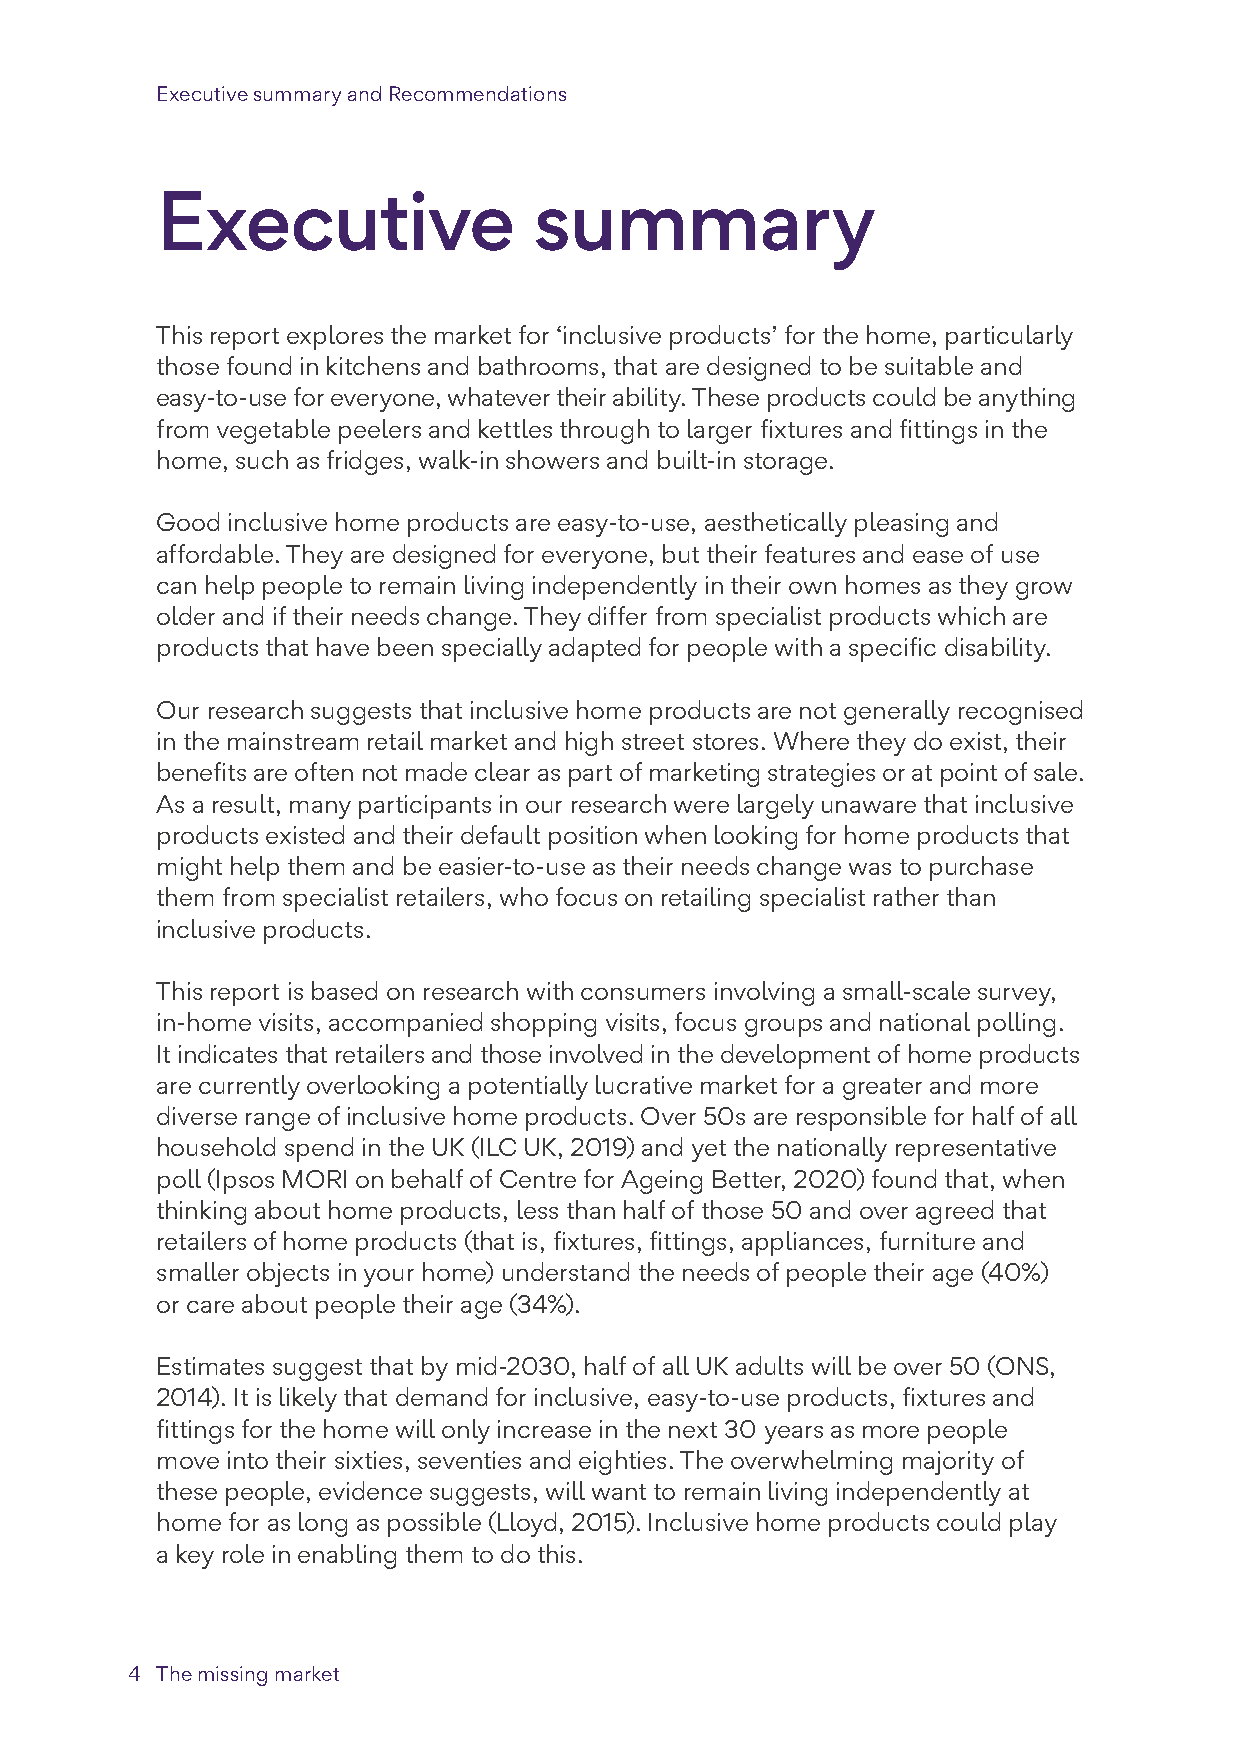
Executive summary and Recommendations
 Executive                summary
 This report explores the market for ‘inclusive products’ for the home, particularly
 those found in kitchens and bathrooms, that are designed to be suitable and
 easy-to-use for everyone, whatever their ability. These products could be anything
 from vegetable peelers and kettles through to larger fixtures and fittings in the
 home, such as fridges, walk-in showers and built-in storage.
 Good inclusive home products are easy-to-use, aesthetically pleasing and
 affordable. They are designed for everyone, but their features and ease of use
 can help people to remain living independently in their own homes as they grow
 older and if their needs change. They differ from specialist products which are
 products that have been specially adapted for people with a specific disability.
 Our research suggests that inclusive home products are not generally recognised
 in the mainstream retail market and high street stores. Where they do exist, their
 benefits are often not made clear as part of marketing strategies or at point of sale.
 As a result, many participants in our research were largely unaware that inclusive
 products existed and their default position when looking for home products that
 might help them and be easier-to-use as their needs change was to purchase
 them from specialist retailers, who focus on retailing specialist rather than
 inclusive products.
 This report is based on research with consumers involving a small-scale survey,
 in-home visits, accompanied shopping visits, focus groups and national polling.
 It indicates that retailers and those involved in the development of home products
 are currently overlooking a potentially lucrative market for a greater and more
 diverse range of inclusive home products. Over 50s are responsible for half of all
 household spend in the UK (ILC UK, 2019) and yet the nationally representative
 poll (Ipsos MORI on behalf of Centre for Ageing Better, 2020) found that, when
 thinking about home products, less than half of those 50 and over agreed that
 retailers of home products (that is, fixtures, fittings, appliances, furniture and
 smaller objects in your home) understand the needs of people their age (40%)
 or care about people their age (34%).
 Estimates suggest that by mid-2030, half of all UK adults will be over 50 (ONS,
 2014). It is likely that demand for inclusive, easy-to-use products, fixtures and
 fittings for the home will only increase in the next 30 years as more people
 move into their sixties, seventies and eighties. The overwhelming majority of
 these people, evidence suggests, will want to remain living independently at
 home for as long as possible (Lloyd, 2015). Inclusive home products could play
 a key role in enabling them to do this.
 4 The missing market